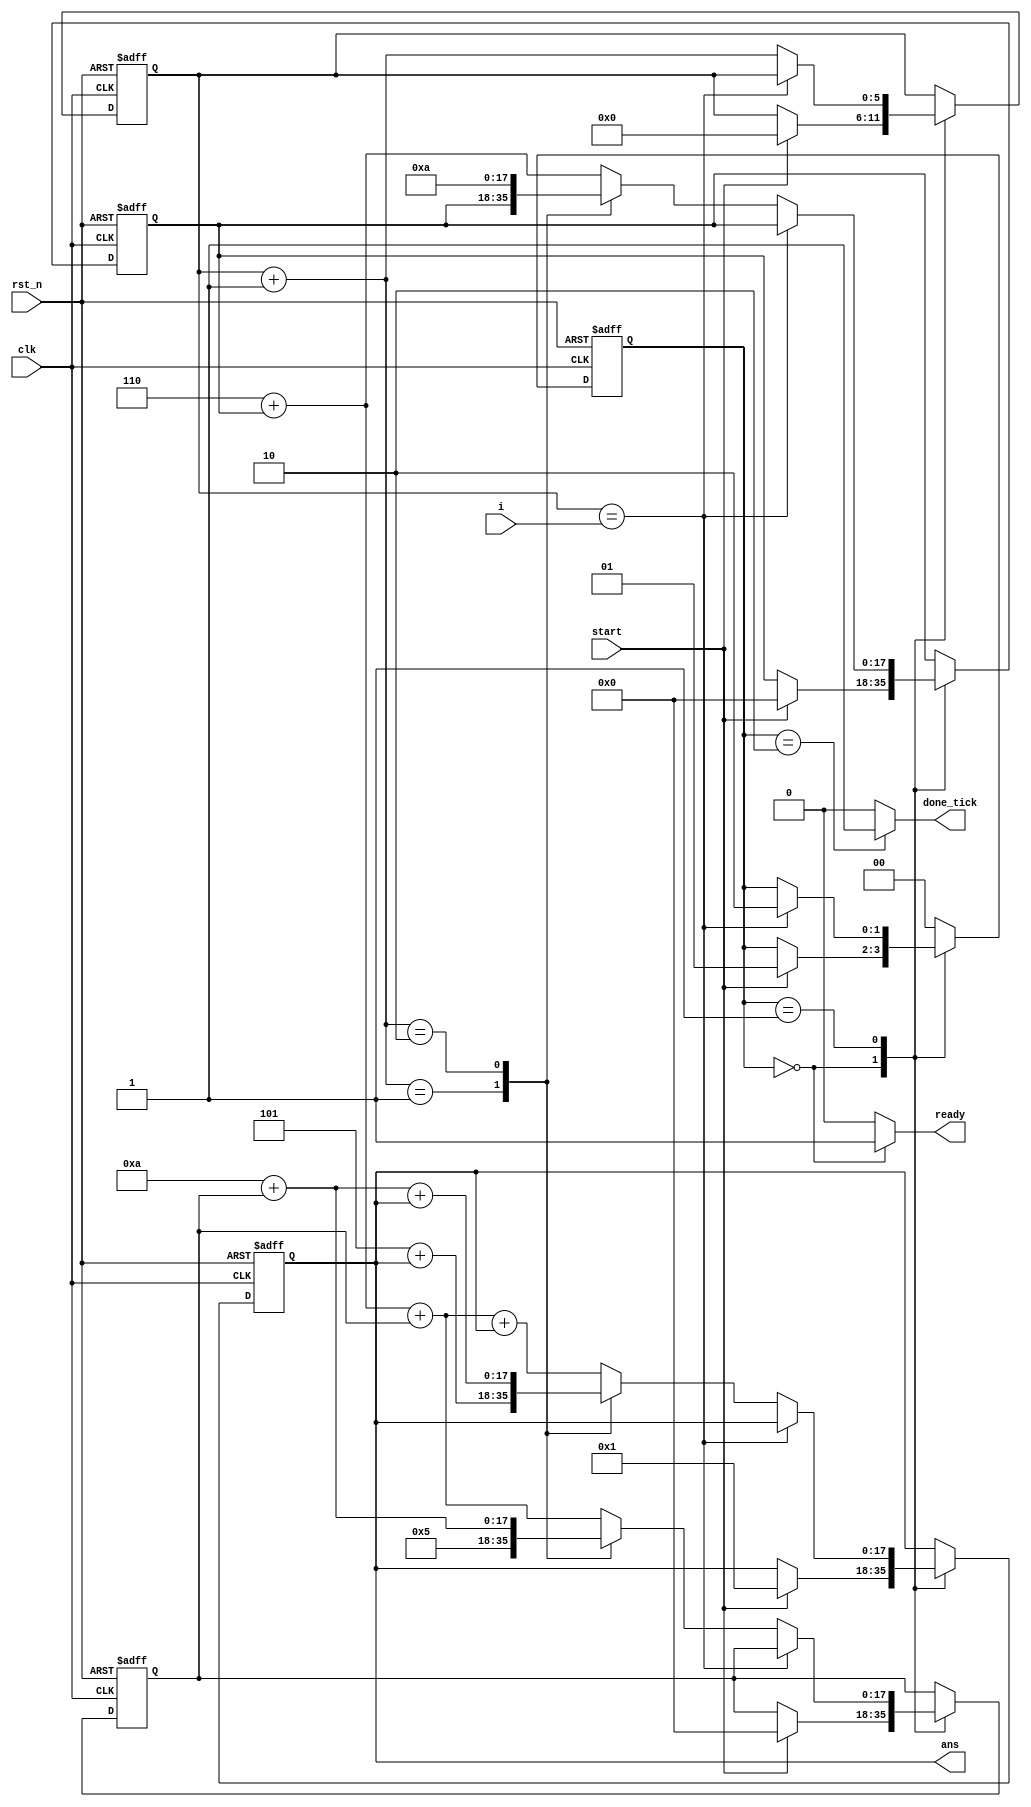
`timescale 1ns / 1ps

module babbage_diff(
	input clk,rst_n,
	input start,
	input[5:0] i, //6 bit value f "n"	
	output[17:0] ans,
	output reg ready,done_tick
    );
	 //babbage function values(3-order polynomial)
	 localparam f0=1,
					g1=5,
					h2=10,
					c=6;
	 //FSM state declarations
	 localparam[1:0] idle=2'd0,
							op=2'd1,
							done=2'd2;
	 reg[1:0] state_reg,state_nxt;
	 reg[17:0] f_reg,f_nxt;
	 reg[17:0] g_reg,g_nxt;
	 reg[17:0] h_reg,h_nxt;
	 reg[5:0] n_reg,n_nxt;
	 //FSM register operations
	 always @(posedge clk,negedge rst_n) begin
		 if(!rst_n) begin
			state_reg<=idle;
			f_reg<=0;
			g_reg<=0;
			h_reg<=0;
			n_reg<=0;		
		 end
		 else begin
			state_reg<=state_nxt;
			f_reg<=f_nxt;
			g_reg<=g_nxt;
			h_reg<=h_nxt;
			n_reg<=n_nxt;	
		 end	 
	 end
	 //FSM next-state logics
	 always @* begin
		state_nxt=state_reg;
		f_nxt=f_reg;
		g_nxt=g_reg;
		h_nxt=h_reg;
		n_nxt=n_reg;
		ready=0;
		done_tick=0;
		case(state_reg)
			  idle: begin
							ready=1;
							if(start==1) begin
								f_nxt=f0;
								g_nxt=0;
								h_nxt=0;
								n_nxt=0;
								state_nxt=op;
							end
					  end
			    op: begin
							if(n_reg==i) state_nxt=done;
							else begin
								n_nxt=n_reg+1;
								case(n_nxt)
									1: begin
											g_nxt=g1;
											f_nxt=g_nxt+f_reg;
										 end
									2: begin
											h_nxt=h2;
											g_nxt=h_nxt+g_reg;
											f_nxt=g_nxt+f_reg;
										end
									default: begin
											h_nxt=c+h_reg;
											g_nxt=h_nxt+g_reg;
											f_nxt=g_nxt+f_reg;
									end
								endcase
							end
					  end
			  done: begin
							done_tick=1;
							state_nxt=idle;
					  end
			default: state_nxt=idle;
		endcase
	 end
	 assign ans=f_reg;


endmodule